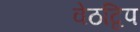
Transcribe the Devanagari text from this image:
वेठद्विप